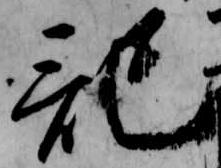
記